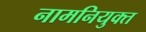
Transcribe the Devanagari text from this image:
नामनियुक्त